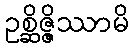
ဥစ္ဆိဇ္ဇိဿာမိ